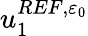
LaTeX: u_{1}^{REF,{\varepsilon_{0}}}